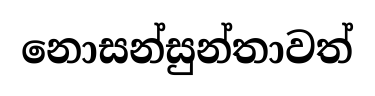
නොසන්සුන්තාවත්